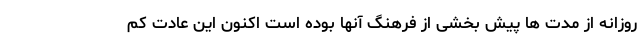
روزانه از مدت‌ ها پیش بخشی از فرهنگ آنها بوده است اکنون این عادت کم